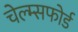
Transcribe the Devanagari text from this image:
चेल्म्सफोर्ड